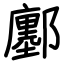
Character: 鄽